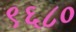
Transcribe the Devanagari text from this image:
९६८०